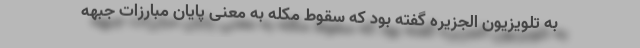
به تلویزیون الجزیره گفته بود که سقوط مکله به معنی پایان مبارزات جبهه